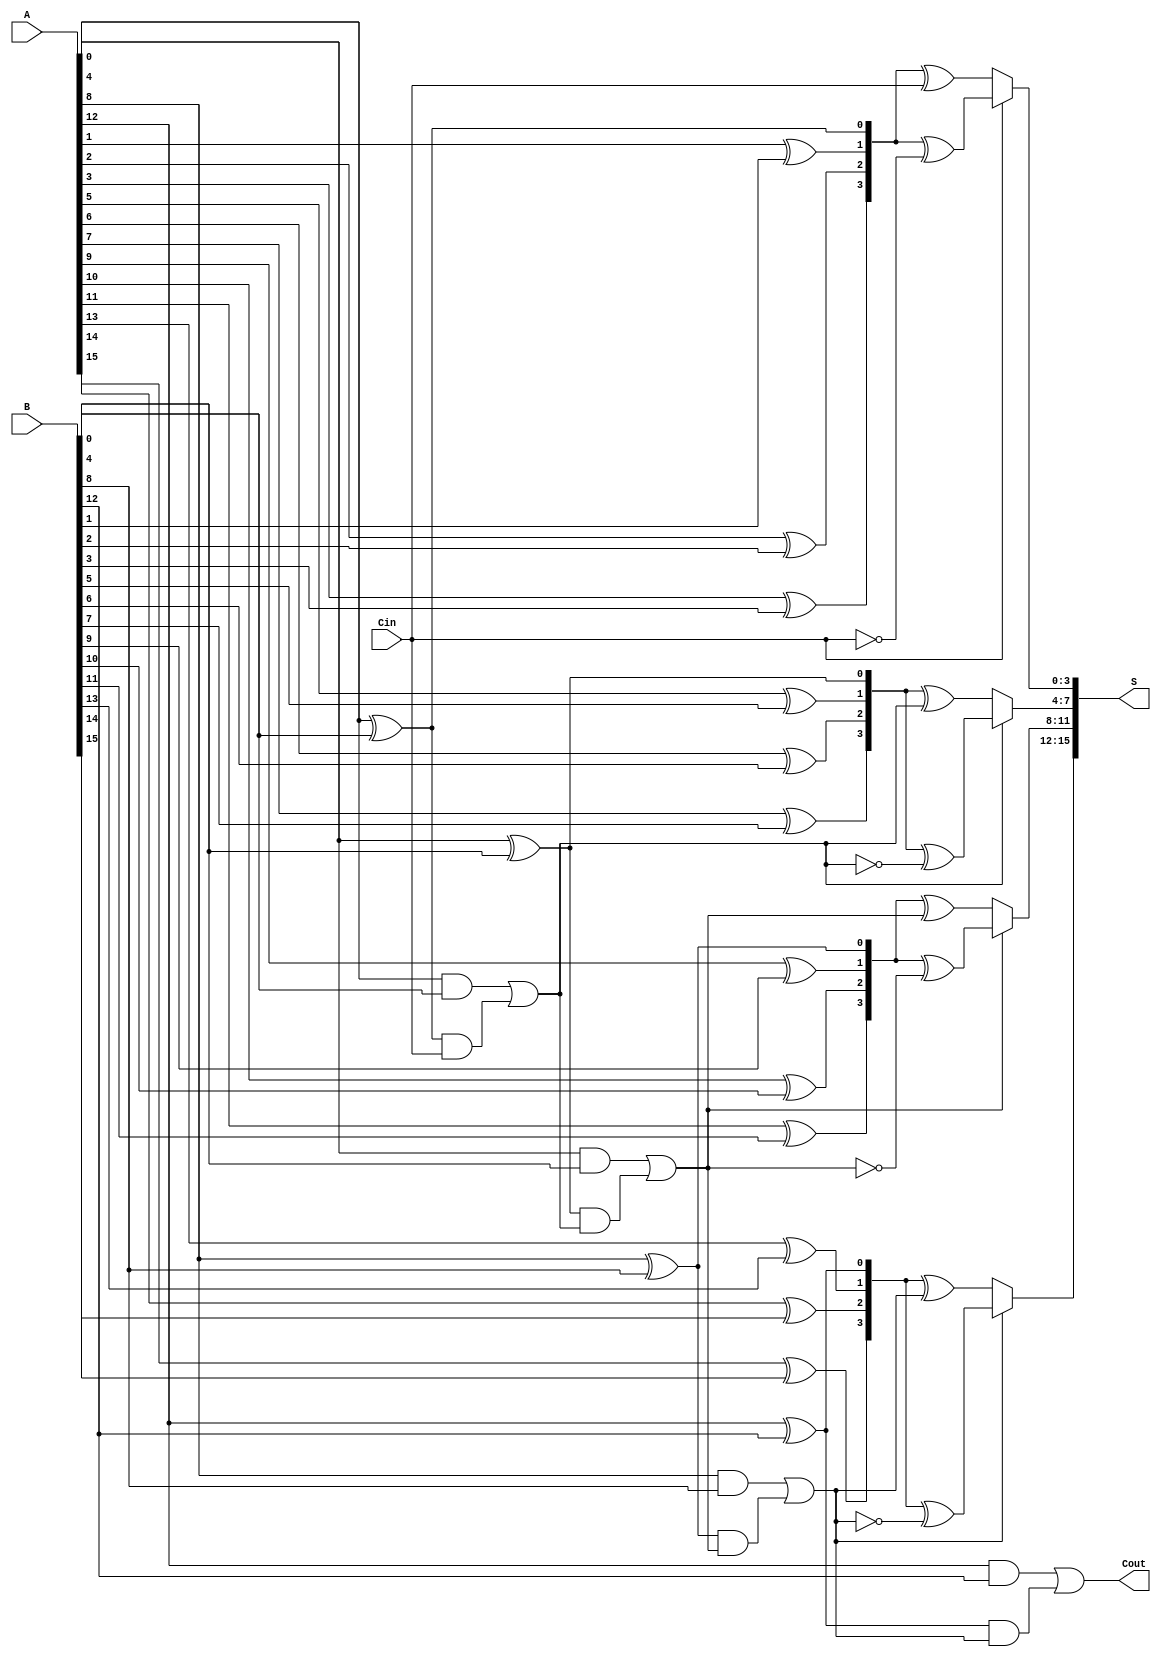
module ParallelPrefixCarrySelectAdder #(parameter N = 16, M = 4) (
    input  [N-1:0] A,
    input  [N-1:0] B,
    input          Cin,
    output [N-1:0] S,
    output         Cout
);

    localparam NUM_BLOCKS = N / M;

    // Generate (G) and Propagate (P) signals for each block
    wire [NUM_BLOCKS-1:0] G [M-1:0];
    wire [NUM_BLOCKS-1:0] P [M-1:0];
    
    genvar i, j;
    generate
        for (i = 0; i < NUM_BLOCKS; i = i + 1) begin : block
            for (j = 0; j < M; j = j + 1) begin : bit
                assign G[i][j] = A[i*M+j] & B[i*M+j]; // Generate
                assign P[i][j] = A[i*M+j] ^ B[i*M+j]; // Propagate
            end
        end
    endgenerate

    // Carry signals for each block
    wire [NUM_BLOCKS:0] C; // C[0] is the carry-in, C[NUM_BLOCKS] is the carry-out

    // Carry calculations using Kogge-Stone or Brent-Kung
    // We will implement a simple carry propagation for clarity
    assign C[0] = Cin; // Initial carry-in

    generate
        for (i = 0; i < NUM_BLOCKS; i = i + 1) begin : carry_calc
            if (i == 0) begin
                assign C[i+1] = G[i][0] | (P[i][0] & C[i]); // Carry from block 0
            end else begin
                assign C[i+1] = G[i][0] | (P[i][0] & C[i]); // Carry from block i
            end
        end
    endgenerate

    // Sum calculation
    generate
        for (i = 0; i < NUM_BLOCKS; i = i + 1) begin : sum_calc
            wire [M-1:0] sum0, sum1;
            assign sum0 = P[i] ^ C[i]; // Sum assuming carry-in is 0
            assign sum1 = P[i] ^ ~C[i]; // Sum assuming carry-in is 1
            
            // Select appropriate sum based on carry
            assign S[i*M +: M] = C[i] ? sum1 : sum0;
        end
    endgenerate

    // Final carry-out
    assign Cout = C[NUM_BLOCKS];

endmodule